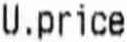
U.PRICE